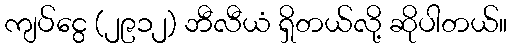
ကျပ်ငွေ (၂၉၁၂) ဘီလီယံ ရှိတယ်လို့ ဆိုပါတယ်။